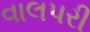
વાલપરી